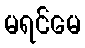
မရင်မေ